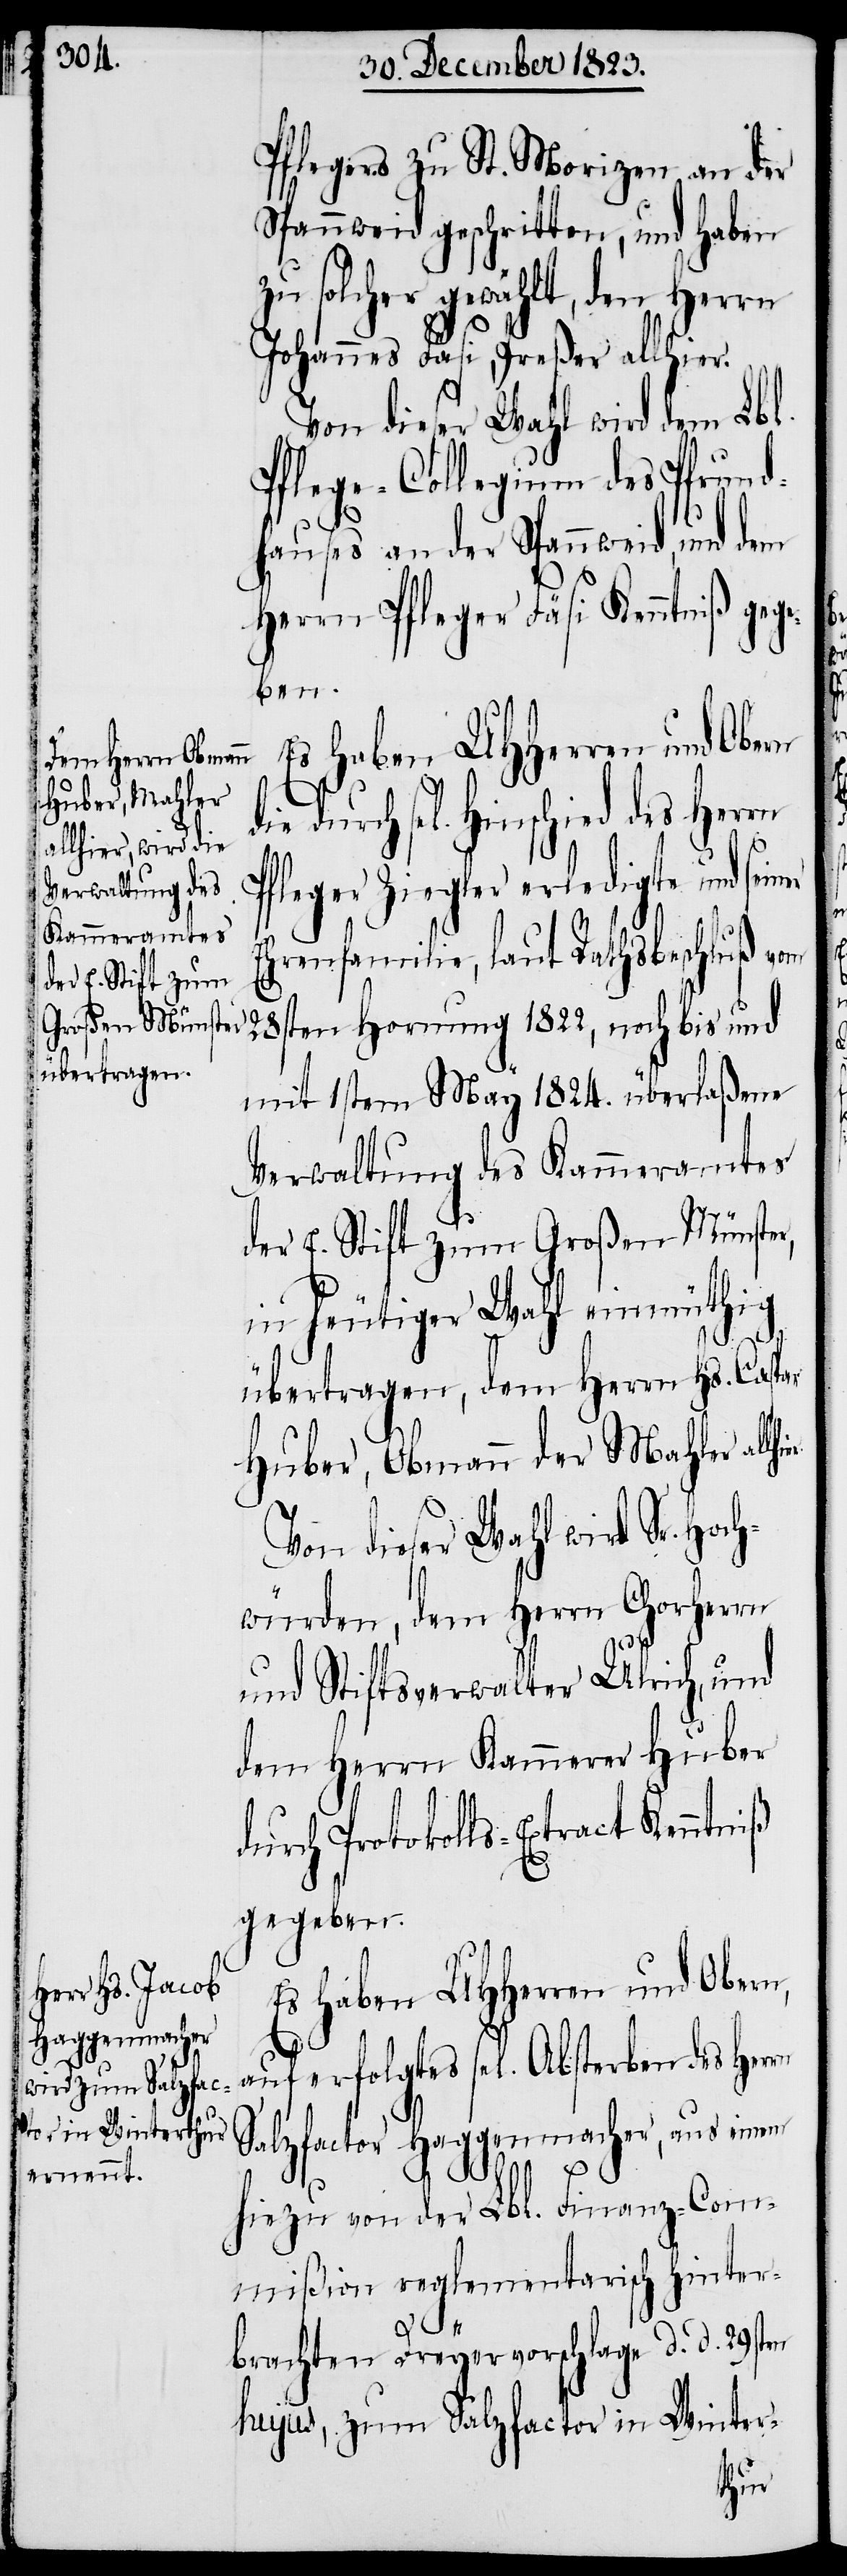
Pflegers zu St. Morizen an der
Spannweid geschritten, und haben
zu solcher gewählt, den Herrn
Johannes Fäsi, Preßer allhier.
Von dieser Wahl wird dem Lbl.
Pflege-Collegium des Pfrund¬
hauses an der Spannweid, und dem
Herrn Pfleger Fäsi Kenntniß gege¬
ben.
Es haben UHHerren und Obern
durch sel. Hinschied des Herrn
Pfleger Ziegler erledigte und sei¬
Ehrenfamilie, laut Rathsbeschluß vom
28sten Hornung 1822, noch bis und
mit 1sten May 1824. überlaßene
Verwaltung des Kammeramtes
der E. Stift zum Großen Münster,
in heutiger Wahl einmüthig
die
übertragen, dem Herrn Hs. Casp¬
Huber, Obmann der Mahler all¬
Von dieser Wahl wird Sr. Hoch¬
würden, dem Herrn Chorherrn
und Stiftsverwalter Ulrich, und
dem Herrn Kammerer Huber
rch Protokolls-Extract Kenntniß
gegeben.
Es haben UHHerren und Obern,
du¬
auf erfolgtes sel. Absterben des Herrn
Salzfactor Haggenmacher, aus einem
hiezu von der Lbl. Finanz-Com¬
mißion reglementarisch hinter¬
d. d. 29sten
brachten Dreyervorschlage
hujus, zum Salzfactor in Winter-